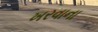
ખરવાના